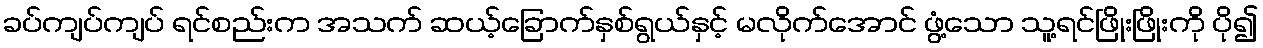
ခပ်ကျပ်ကျပ် ရင်စည်းက အသက် ဆယ့်ခြောက်နှစ်ရွယ်နှင့် မလိုက်အောင် ဖွံ့သော သူ့ရင်ဖြိုးဖြိုးကို ပို၍